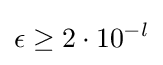
\epsilon \geq 2\cdot 10^{-l}